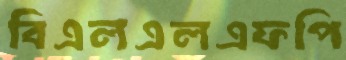
বিএলএলএফপি